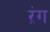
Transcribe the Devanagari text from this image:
ऱंग